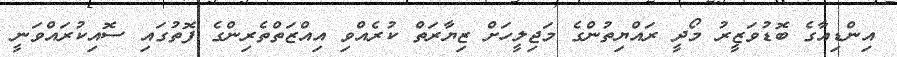
އިންޑިއާގެ ބޮޑުވަޒީރު މޯދީ ރައްޔިތުންގެ މަޖިލީހަށް ޒިޔާރަތް ކުރެއްވި އިއްޒަތްތެރިންގެ ފޮތުގައި ސޮއިކުރައްވަނީ